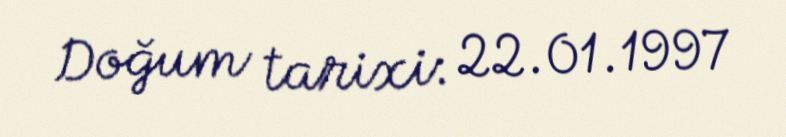
Doğum tarixi: 22.01.1997